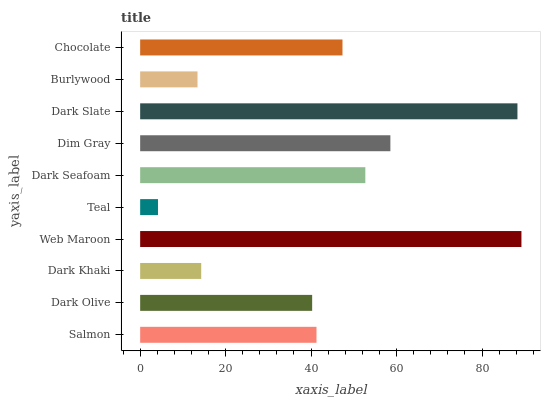
| yaxis_label | bars |
 | --- | --- |
 | Salmon | 41.3 |
 | Dark Olive | 40.3 |
 | Dark Khaki | 14.3 |
 | Web Maroon | 89.2 |
 | Teal | 4.17 |
 | Dark Seafoam | 52.7 |
 | Dim Gray | 58.6 |
 | Dark Slate | 88.3 |
 | Burlywood | 13.4 |
 | Chocolate | 47.3 |